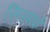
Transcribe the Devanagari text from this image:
सिसाई